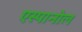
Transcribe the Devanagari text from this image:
एस्‍पानोल